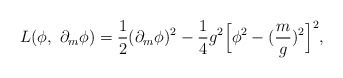
\begin{align*}L(\phi, \ \partial_m \phi) = \frac{1}{2} (\partial_m \phi)^2 - \frac{1}{4}g^2 \Bigl[ \phi^2- (\frac{m}{g})^2 \Bigr]^2, \end{align*}